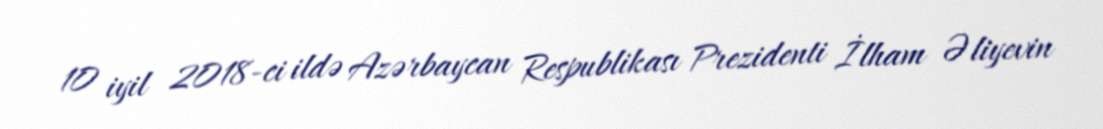
10 iyil 2018-ci ildə Azərbaycan Respublikası Prezidenti İlham Əliyevin